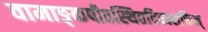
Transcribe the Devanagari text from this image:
वामाङ्कपीठस्थितदिव्यशक्तिम्